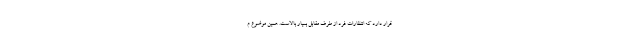
قرار دارد که انتظارات فرد از طرف مقابل بسیار بالاست. همین موضوع م